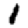
Digit: 1